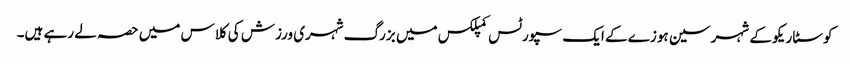
کوسٹا ریکو کے شہر سین ہوزے کے ایک سپورٹس کمپلکس میں بزرگ شہری ورزش کی کلاس میں حصہ لے رہے ہیں۔